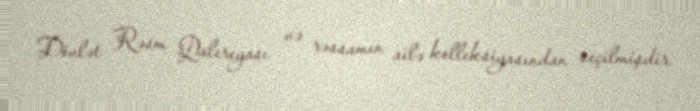
Dövlət Rəsm Qalereyası və rəssamın ailə kolleksiyasından seçilmişdir.